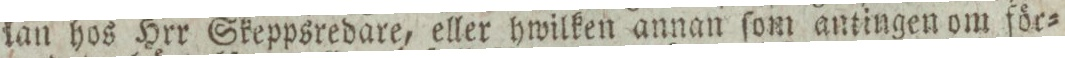
lan hos Hrr Skeppsredare, eller hwilken annan ſom antingen om för=